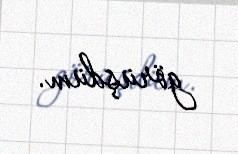
görüşdüm.